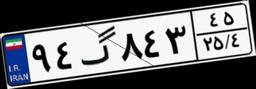
۲۲گ۷۵۳۲۹